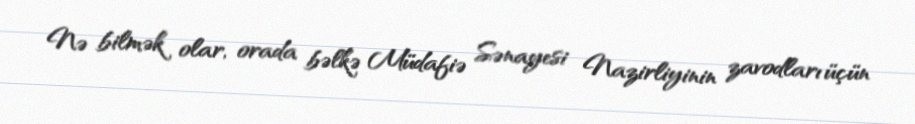
Nə bilmək olar, orada bəlkə Müdafiə Sənayesi Nazirliyinin zavodları üçün